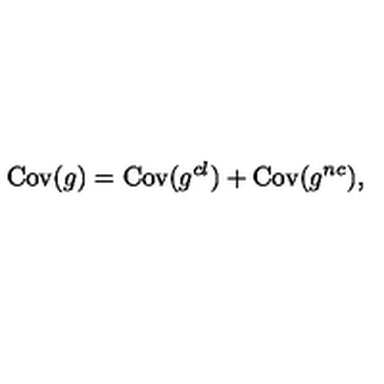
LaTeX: \mathrm { C o v } ( g ) = \mathrm { C o v } ( g ^ { c l } ) + \mathrm { C o v } ( g ^ { n c } ) ,